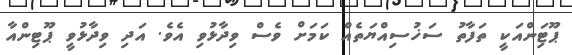
ޕޫޓިަންއަކީ ތަފާތު ސަޚުސިއްޔަތެއް ކަމަށް ވެސް ވިދާޅުވި އެވެ. އަދި ވިދާޅުވީ ޕޫޓިންއާ